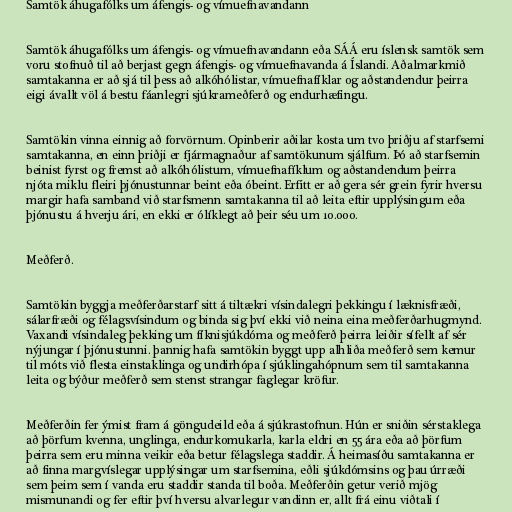
Samtök áhugafólks um áfengis- og vímuefnavandann

Samtök áhugafólks um áfengis- og vímuefnavandann eða SÁÁ eru íslensk samtök sem
voru stofnuð til að berjast gegn áfengis- og vímuefnavanda á Íslandi. Aðalmarkmið
samtakanna er að sjá til þess að alkóhólistar, vímuefnafíklar og aðstandendur þeirra
eigi ávallt völ á bestu fáanlegri sjúkrameðferð og endurhæfingu.

Samtökin vinna einnig að forvörnum. Opinberir aðilar kosta um tvo þriðju af starfsemi
samtakanna, en einn þriðji er fjármagnaður af samtökunum sjálfum. Þó að starfsemin
beinist fyrst og fremst að alkóhólistum, vímuefnafíklum og aðstandendum þeirra
njóta miklu fleiri þjónustunnar beint eða óbeint. Erfitt er að gera sér grein fyrir hversu
margir hafa samband við starfsmenn samtakanna til að leita eftir upplýsingum eða
þjónustu á hverju ári, en ekki er ólíklegt að þeir séu um 10.000.

Meðferð.

Samtökin byggja meðferðarstarf sitt á tiltækri vísindalegri þekkingu í læknisfræði,
sálarfræði og félagsvísindum og binda sig því ekki við neina eina meðferðarhugmynd.
Vaxandi vísindaleg þekking um fíknisjúkdóma og meðferð þeirra leiðir sífellt af sér
nýjungar í þjónustunni. þannig hafa samtökin byggt upp alhliða meðferð sem kemur
til móts við flesta einstaklinga og undirhópa í sjúklingahópnum sem til samtakanna
leita og býður meðferð sem stenst strangar faglegar kröfur.

Meðferðin fer ýmist fram á göngudeild eða á sjúkrastofnun. Hún er sniðin sérstaklega
að þörfum kvenna, unglinga, endurkomukarla, karla eldri en 55 ára eða að þörfum
þeirra sem eru minna veikir eða betur félagslega staddir. Á heimasíðu samtakanna er
að finna margvíslegar upplýsingar um starfsemina, eðli sjúkdómsins og þau úrræði
sem þeim sem í vanda eru staddir standa til boða. Meðferðin getur verið mjög
mismunandi og fer eftir því hversu alvarlegur vandinn er, allt frá einu viðtali í